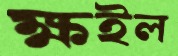
ক্ষইল